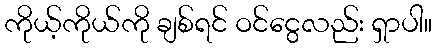
ကိုယ့်ကိုယ်ကို ချစ်ရင် ဝင်ငွေလည်း ရှာပါ။